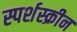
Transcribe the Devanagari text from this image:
स्पर्शस्क्रीन